Holstre_vallavalitsus, lk 71
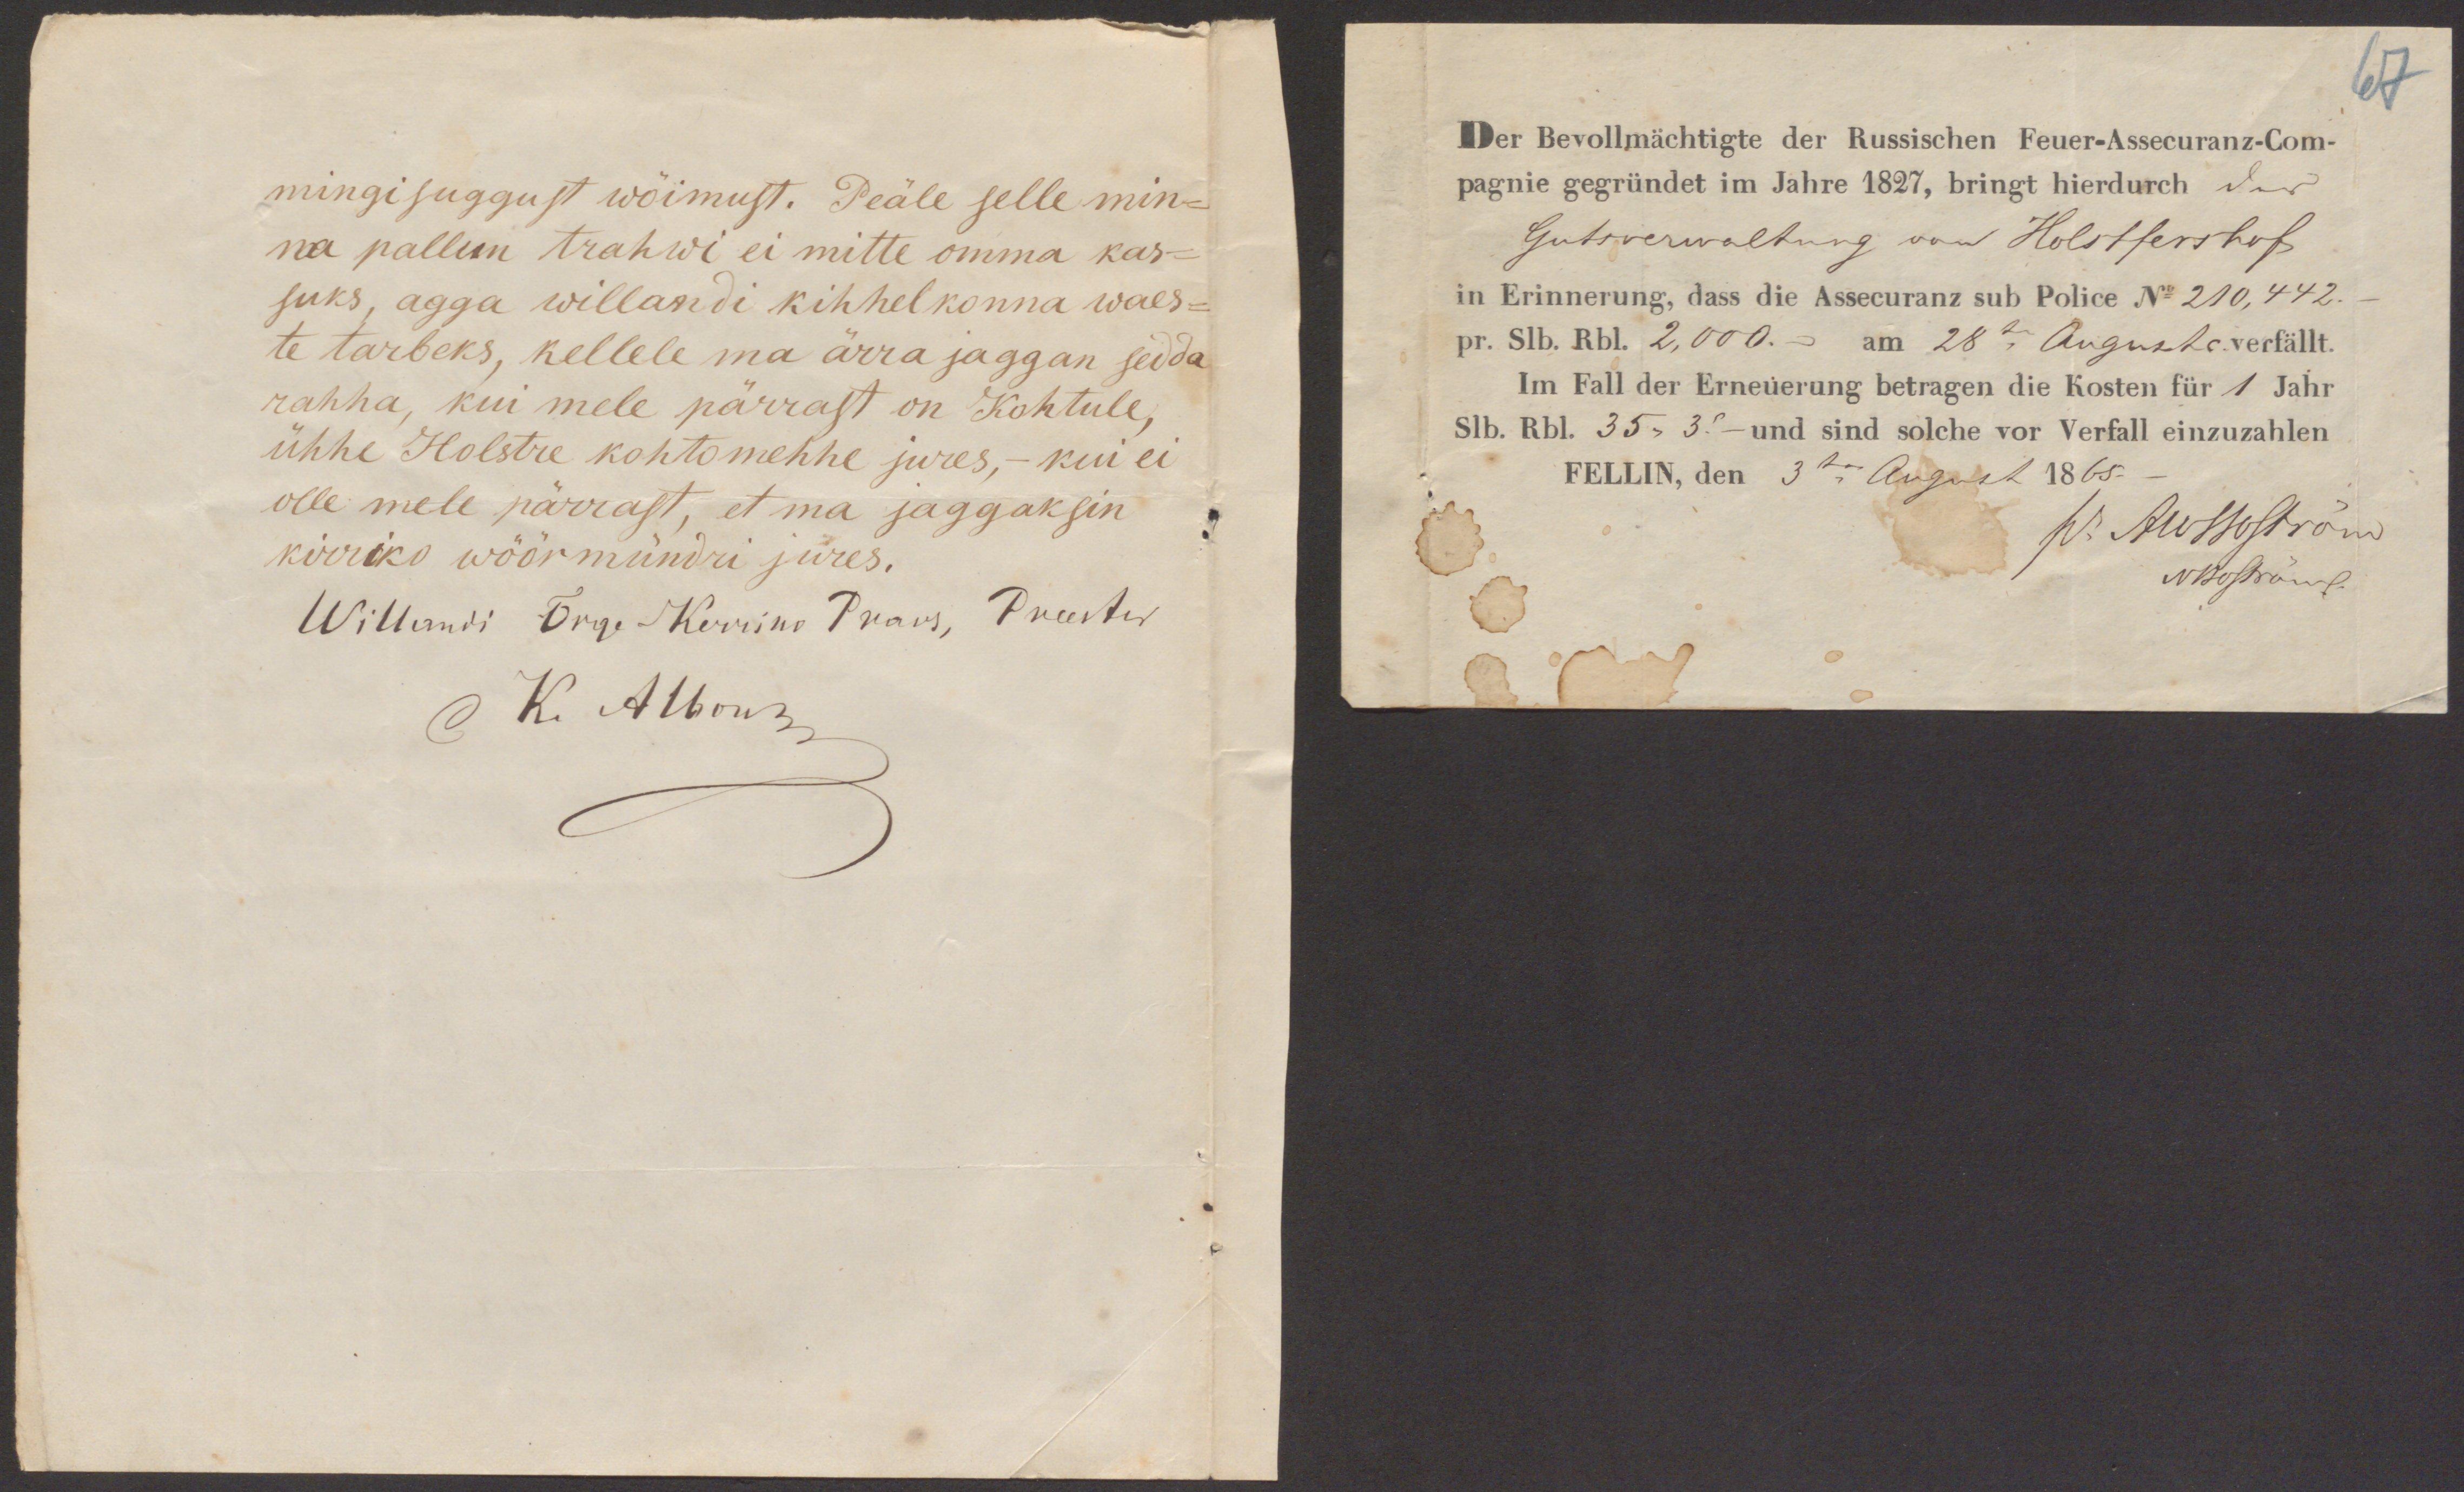
mingisuggust wõimust. Peäle selle min-
na pallun trahwi ei mitte omma kas-
suks, agga willandi kihhelkonna waes-
te tarbeks, kellele ma ärra jaggan sedda
rahha, kui mele pärrast on Kohtule,
ühhe Holstre kohtomehhe jures,- kui ei
olle mele pärrast, et ma jaggaksin
kirriko wöörmündri jures.
Willandi Õige-Kerriko Praos, Preester
C K. Albow